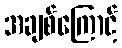
အချစ်ကြောင့်